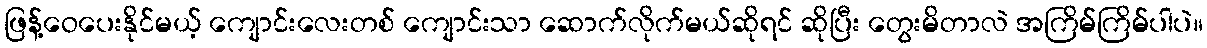
ဖြန့်ဝေပေးနိုင်မယ့် ကျောင်းလေးတစ် ကျောင်းသာ ဆောက်လိုက်မယ်ဆိုရင် ဆိုပြီး တွေးမိတာလဲ အကြိမ်ကြိမ်ပါပဲ။